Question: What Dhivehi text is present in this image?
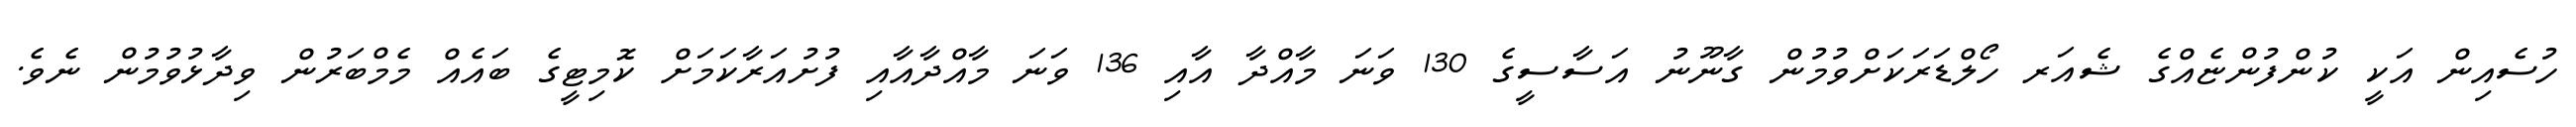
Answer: ހުސެއިން އަކީ ކުންފުންޏެއްގެ ޝެއަރ ހޯލްޑަރަކަށްވުމުން ގާނޫނު އަސާސީގެ 130 ވަނަ މާއްދާ އާއި 136 ވަނަ މާއްދާއާއި ފުށުއަރާކަމަށް ކޮމިޓީގެ ބައެއް މެމްބަރުން ވިދާޅުވުމުން ނެވެ.